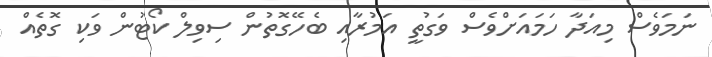
ނަމަވެސް މިއަދާ ހަމައަށްވެސް ވަގުތީ އަމުރާއި ބެހޭގޮތުން ސިވިލް ކޯޓުން ވަކި ގޮތެއް